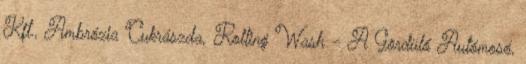
Kft., Ambrózia Cukrászda, Rolling Wash - A Gördülő Autómosó,